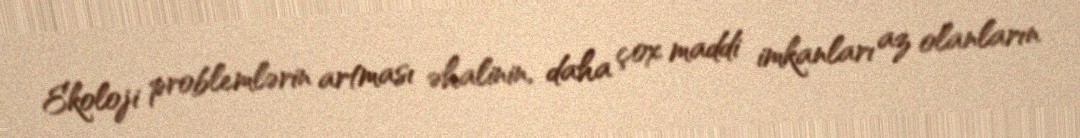
Ekoloji problemlərin artması əhalinin, daha çox maddi imkanları az olanların